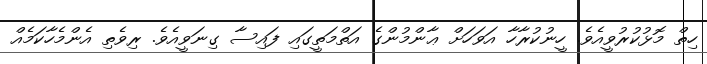
ހިތް މޮޅުކުރުވީއެވެ. ހީނުކުރާހާ އަވަހަށް ޢާންމުންގެ އަތްމަތީގައި ފައިސާ ގިނަވީއެވެ. ރިވެތި އެންމެހާކަމެއް